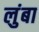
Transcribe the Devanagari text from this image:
लुंबा